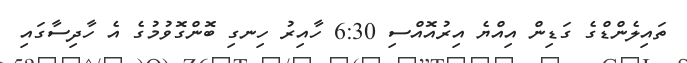
ތައިލެންޑްގެ ގަޑިން އިއްޔެ އިރުއޮއްސި 6:30 ހާއިރު ހިނގި ބޮންގޮވުމުގެ އެ ހާދިސާގައި